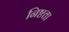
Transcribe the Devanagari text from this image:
निष्टता